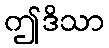
ဤဒိသာ